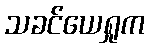
သခင်ယေရှုက